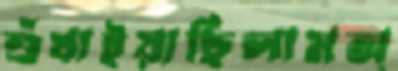
শুঁখাইয়াছিলামঅ্